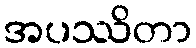
အပဿိတာ